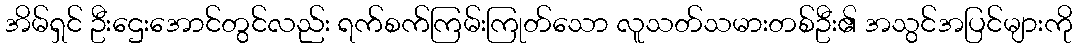
အိမ်ရှင် ဦးဌေးအောင်တွင်လည်း ရက်စက်ကြမ်းကြုတ်သော လူသတ်သမားတစ်ဦး၏ အသွင်အပြင်များကို